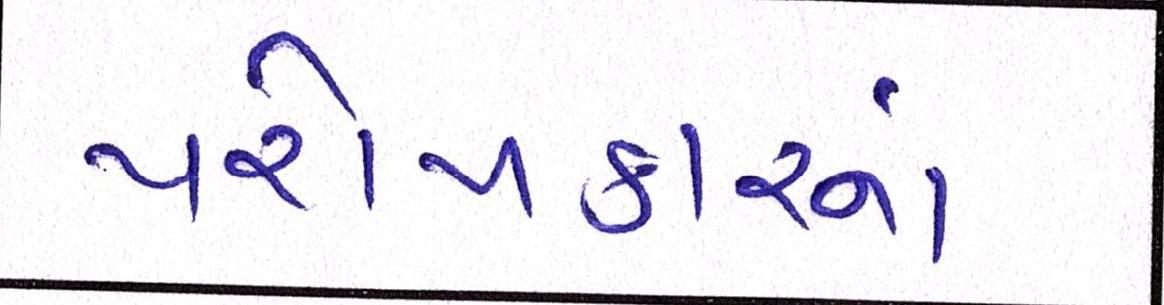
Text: પરોપકારનાં